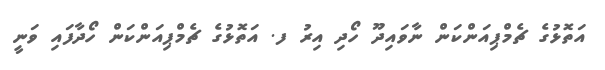
އަތޮޅުގެ ޗެމްޕިއަންކަން ނާވައިދޫ ހޯދި އިރު ފ. އަތޮޅުގެ ޗެމްޕިއަންކަން ހޯދާފައި ވަނީ